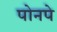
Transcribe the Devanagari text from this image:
पोनपे